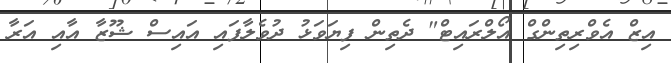
އިޒް އެވްރިތިންގް އޯލްރައިޓް" ދެތިން ފިޔަވަޅު ދުވެލާފައި އައިސް ޝޫޒާ އާއި އަރާ